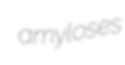
amyloses